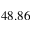
4 8 . 8 6